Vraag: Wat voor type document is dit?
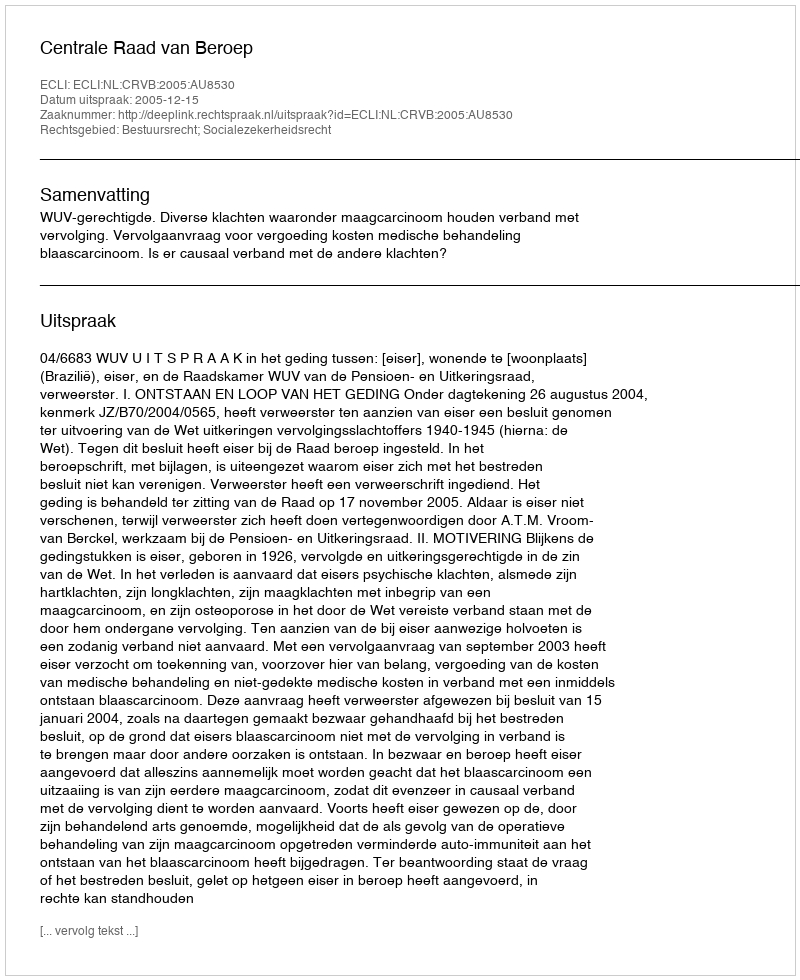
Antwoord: Uitspraak